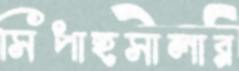
সিপাহসালার